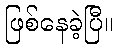
ဖြစ်နေခဲ့ပြီ။